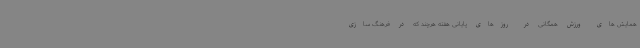
همایش های ورزش همگانی در روزهای پایانی هفته هرچند که در فرهنگ سازی